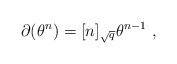
\begin{align*}\partial (\theta^{n})=[n]_{\sqrt {q}}\theta ^{n-1}\ ,\end{align*}